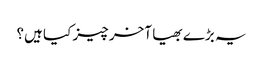
یہ بڑے بھیا آخر چیز کیا ہیں؟